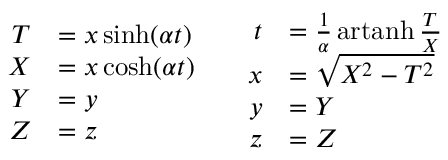
{ \begin{array} { c c } { { \begin{array} { r l } { T } & { = x \sinh ( \alpha t ) } \\ { X } & { = x \cosh ( \alpha t ) } \\ { Y } & { = y } \\ { Z } & { = z } \end{array} } } & { { \begin{array} { r l } { t } & { = { \frac { 1 } { \alpha } } \operatorname { a r t a n h } { \frac { T } { X } } } \\ { x } & { = { \sqrt { X ^ { 2 } - T ^ { 2 } } } } \\ { y } & { = Y } \\ { z } & { = Z } \end{array} } } \end{array} }